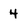
Character: 4